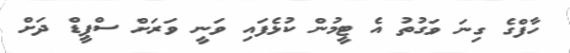
ހާފްގެ ގިނަ ވަގުތު އެ ޓީމުން ކުޅެފައި ވަނީ ވަރަށް ސްޕީޑް ދަށް